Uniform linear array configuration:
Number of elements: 64
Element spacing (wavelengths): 0.75
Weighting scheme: binomial
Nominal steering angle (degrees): -30
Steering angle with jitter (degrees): -31.799
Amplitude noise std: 0.05
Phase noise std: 0.05

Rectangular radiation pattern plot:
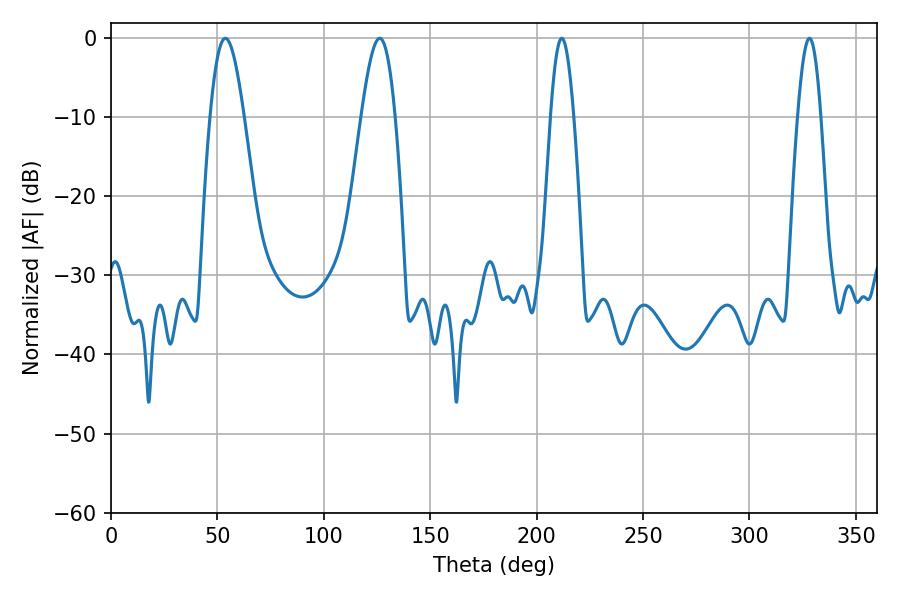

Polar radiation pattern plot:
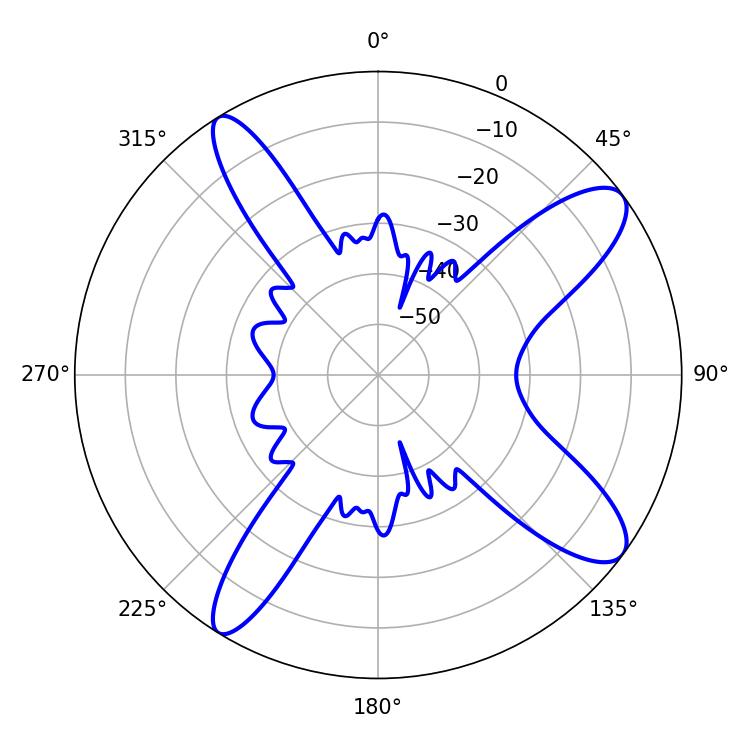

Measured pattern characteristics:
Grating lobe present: TRUE
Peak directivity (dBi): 11.336
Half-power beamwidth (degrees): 5.76
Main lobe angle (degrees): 211.86